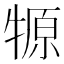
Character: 㹉